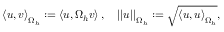
\left< \boldsymbol { u } , \boldsymbol { v } \right> _ { \Omega _ { h } } : = \left< \boldsymbol { u } , \Omega _ { h } \boldsymbol { v } \right> , \quad \left| \left| \boldsymbol { u } \right| \right| _ { \Omega _ { h } } : = \sqrt { \left< \boldsymbol { u } , \boldsymbol { u } \right> _ { \Omega _ { h } } } ,